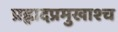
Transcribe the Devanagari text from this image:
प्रह्लादप्रमुखाश्च